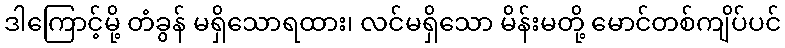
ဒါကြောင့်မို့ တံခွန် မရှိသောရထား၊ လင်မရှိသော မိန်းမတို့ မောင်တစ်ကျိပ်ပင်